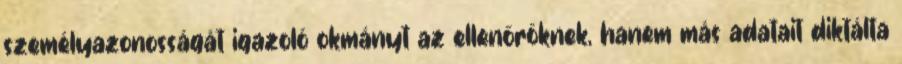
személyazonosságát igazoló okmányt az ellenőröknek, hanem más adatait diktálta